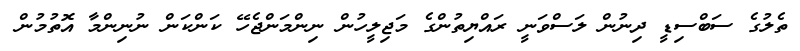
ތެލުގެ ސަބްސިޑީ ދިނުން ލަސްވަނީ ރައްޔިތުންގެ މަޖިލީހުން ނިންމަންޖެހޭ ކަންކަން ނުނިންމާ އޮތުމުން